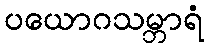
ပယောဂသမ္ဘာရံ